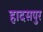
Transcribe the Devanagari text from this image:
हादसपुर